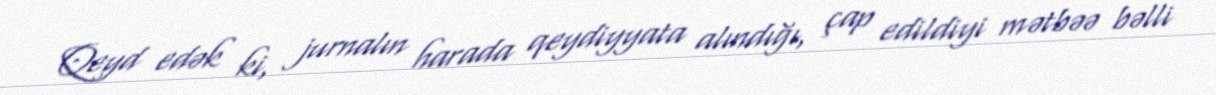
Qeyd edək ki, jurnalın harada qeydiyyata alındığı, çap edildiyi mətbəə bəlli